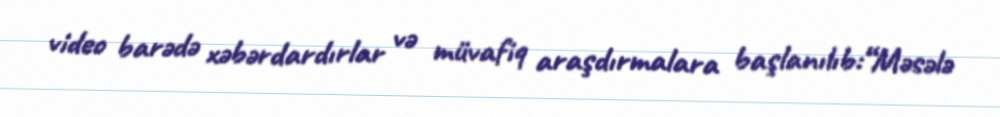
video barədə xəbərdardırlar və müvafiq araşdırmalara başlanılıb:“Məsələ